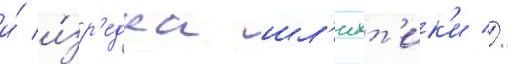
и́ и́зр'едка шл'ихт'ик'и //